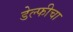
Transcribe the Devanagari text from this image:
डेल्फीचा